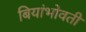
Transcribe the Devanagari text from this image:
बियांभोवती